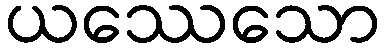
ယဿေသော